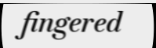
fingered